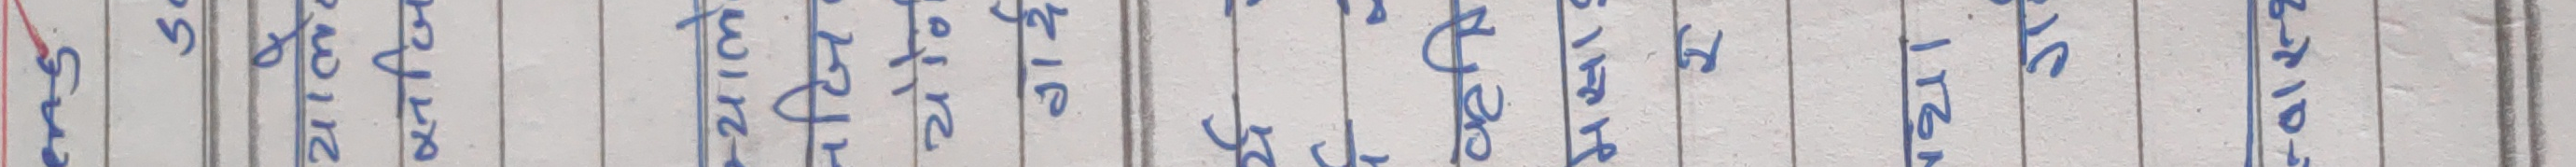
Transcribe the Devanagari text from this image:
एस.टि.एस.
24 cm. को
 21 cm. को
½ cm. को
1 cm.